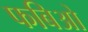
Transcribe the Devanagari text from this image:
फबिओ